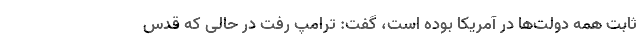
ثابت همه دولت‌ها در آمریکا بوده است، گفت: ترامپ رفت در حالی که قدس